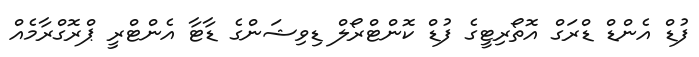
ފުޑް އެންޑް ޑްރަގް އޮތޯރިޓީގެ ފުޑް ކޮންޓްރޯލް ޑިވިޝަންގެ ޑާޓާ އެންޓްރީ ޕްރޮގްރާމެއް